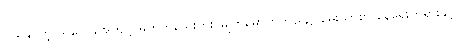
ပယ်နိုင်တဲ့ သလ္လေခအကျင့် မဟုတ်သေးဘူး၊ မျက်မှောက်ကိုယ်၌ ချမ်းသာစွာ နေရေးတရားနှင့်